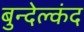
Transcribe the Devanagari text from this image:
बुन्देल्कंद